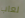
لعاب